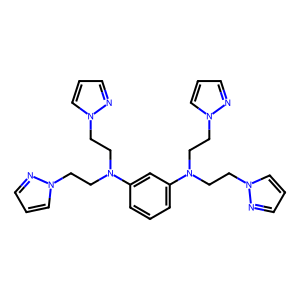
SMILES: c1cc(N(CCn2cccn2)CCn2cccn2)cc(N(CCn2cccn2)CCn2cccn2)c1
Inhibits HIV replication: No